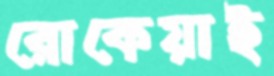
রোকেয়াই